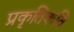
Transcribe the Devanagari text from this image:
प्रकृतिकवि